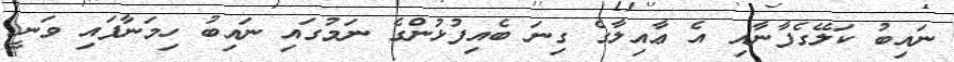
ނައިބު ކަލޭގެފާނާއި އެ ޢާއިލާގެ ގިނަ ބެއިފުޅުންގެ ނަމުގައި ނައިބު ހިމަނާފައި ވަނީ